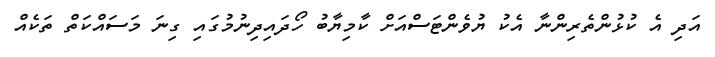
އަދި އެ ކުޅުންތެރިންނާ އެކު ޔުވެންޓަސްއަށް ކާމިޔާބު ހޯދައިދިނުމުގައި ގިނަ މަސައްކަތް ތަކެއް